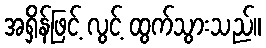
အရှိန်ဖြင့် လွင့် ထွက်သွားသည်။